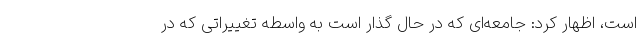
است، اظهار کرد: جامعه‌ای که در حال گذار است به واسطه تغییراتی که در